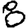
Digit: 8